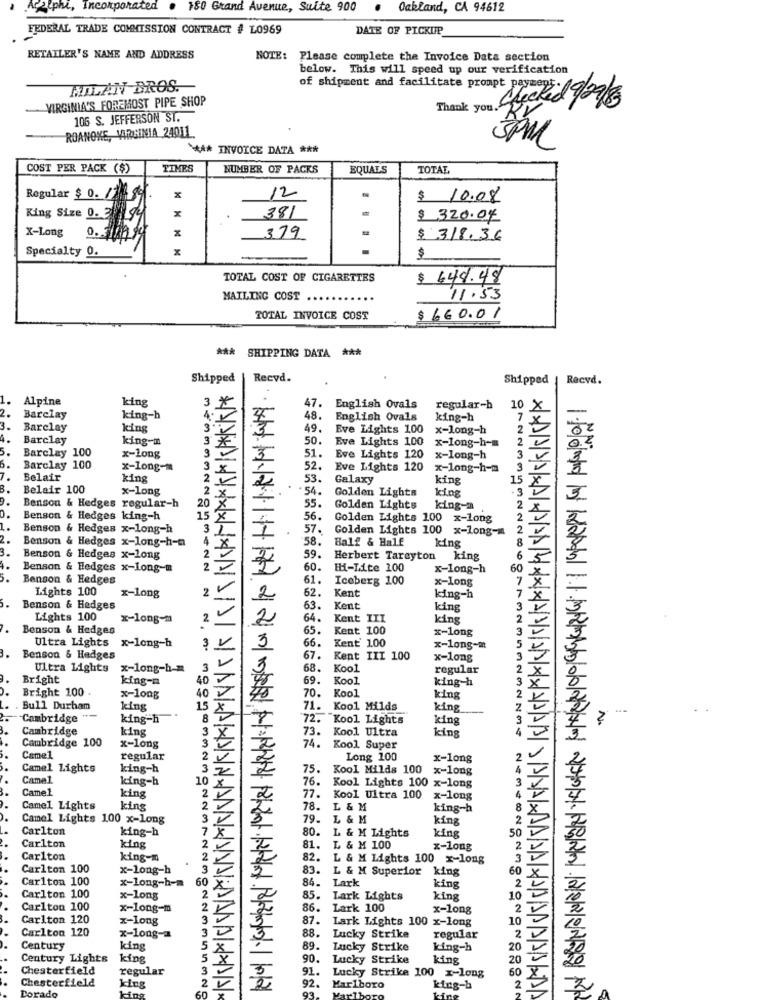
Arztphe, Incorporated
180 Grand Avenue, Suite 900
Oakland, CA 94612
FEDERAL TRADE COMMISSION CONTRACT # L0969
DATE OF PICKUP
RETAILER'S NAME AND ADDRESS
NOTE: Please complete the Invoice Data section
below. This will speed up our verification
MILAN BROS.
of shipment and facilitate prompt paymen
VIRGINIA'S FOREMOST PIPE SHOP
Bank you. Stacked 9/07/8
106 S. JEFFERSON ST.
ROANOKE, VARGINIA 24011
**** INVOICE DATA ***
3PM
COST PER PACK ($)
TIMES
NUMBER OF PACKS
EQUALS
TOTAL
Regular $ 0. /
12
$ 10.08
King Size 0. 2
x
381
$ 320.04
X-Long
0.
379
$ 318.36
Specialty 0.
x
$
TOTAL COST OF CIGARETTES
$ 644.48
MAILING COST .
11.53
TOTAL INVOICE COST
$ 660.01
*** SHIPPING DATA ***
Shipped
Recvd.
Shipped | Recvd.
1.
Alpine
king
1*
47.
English Ovals
regular-h
0 X
-
2.
Barclay
king-h
4.2
48.
English Ovals
king-h
Barclay
king
3
49.
Eve Lights 100
x-long-h
Barclay
king -- m
50.
Eve Lights 100
x-long-h-m
5.
*
51.
2 2
2
5.
Barclay 100
x-long
Eve Lights 120
x-long-h
3
Barclay 100
x-long-m
38
52.
Eve Lights 120
x-long-h-m
3
Belair
king
2
53.
Galaxy
king
15
Belair 100
x-long
2
2
54.
Golden Lights
-3
X
20
=
king
Benson & Hedges regular-h
55.
Golden Lights
king-2
Benson & Hedges king-h
15
56.
Golden Lights 100 x-long
Benson & Hedges x-long-h
31
57.
Golden Lights 100 x-long-
Benson & Hedges x-long-h-a
1
58.
Balf & Half
king
3.
X
59.
Benson & Hedges x-long
Herbert Tarcyton king
4.
Benson & Hedges x-Long-#
60.
Hi-Ite 100
x-long-h
60
5.
Benson & Hedges
61.
Iceberg 100
x-long
7x
Lights 100
2
62.
Kent
5.
x-long
2
king-h
Benson & Hedges
63.
Kent
king
Lights 100
x-long-m
2
64.
Kent III
king
Benson & Hedges
65.
Kent 100
x-long
Ultra Lights
66.
3.
x-long-h
3
3
Kent' 100
x-long-m
Benson & Hedges
67.
Kent III 100
x-long
Ultra Lights
x-long-h -=
3
68.
Kool
regular
Bright
king-a
40
69.
Kool
king-h
Bright 100
40 ¥
70.
Kool
x-long
king
Bull Durham
king
15
71.
Kool Milds
king
Cambridge
--
king-h
8
72. Kool Lights
king
2
Cambridge
king
3
73.
Kool Ultra
Cambridge 100
3
74.
king
x-long
74. Kool, Super
Camel
regular
2 v
Long 100
x-long
Camel Lights
king-h
32
75.
Kool Milds 100
x-long
Camel
king-h
10
76.
3
Camel
2
77.
Kool Lights 100 x-long
king
2
Kool Ultra 100
x-long
4
Camel Lights
king
2
78.
L & M
king-h
8
Camel Lights 100 x-long
3V
79.
L & M
king
2
Carlton
king-h
7
80.
L & M Lights
50
king
Carlton
king
2
81.
L & M 100
x-long
2
Carlton
king-m
2
82.
L & M Lights 100 x-long
3
Carlton 100
x-long-h
3 v
83.
L & M Superior king
60
Carlton 100
x-long-h-m
60
84.
Lark
2
king
Carlton 100
x-long
2
85.
Lark Lights
king
10
Carlton 100
x-long-m
2 V
86.
Lark 100
x-long
2
Carlton 120
x-long
3
87.
Lark Lights 100 x-long
10
Carlton 120
3
88.
x-long-
3
Lucky Strike
regular
2
Century
king
5 A
89.
89. Lucky Strike
king-h
20
Century Lights
king
5
90.
Lucky Strike
king
20
Chesterfield
regular
91.
Lucky Strike 100 x-long
92.
Dorado
Chesterfield
king
Marlboro
king-b
king
Marlboro